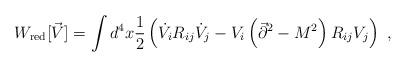
LaTeX: \begin{align*}W_{\rm red}[\vec{V}]=\int d^4x {1\over 2}\left(\dot{V}_iR_{ij}\dot{V}_j-V_i\left(\vec{\partial}^2-M^2\right)R_{ij}V_j\right)~,\end{align*}